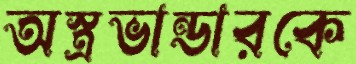
অস্ত্রভান্ডারকে